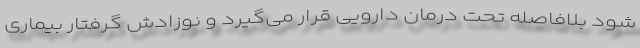
شود بلافاصله تحت درمان دارویی قرار می‌‌گیرد و نوزادش گرفتار بیماری